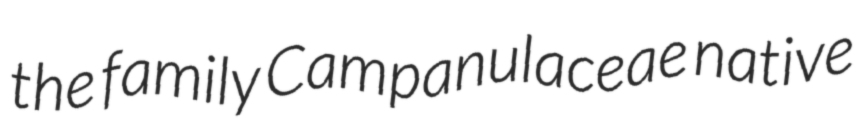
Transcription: the family Campanulaceae native